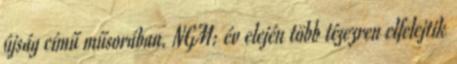
újság című műsorában. NGM: év elején több tízezren elfelejtik